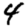
Digit: 4